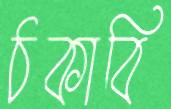
ঠকাবি